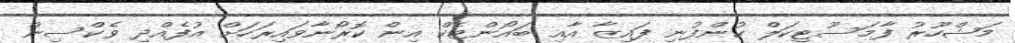
މަޝްހޫރު ފާމަސޫޓިކަލް ކުންފުނި ފައިޒާ އާއި ބައޯންޓެކް އިން ކޮރޯނާވައިރަހަށް އުފެއްދި ވެކްސިން